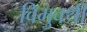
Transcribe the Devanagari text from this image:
विमुक्थी